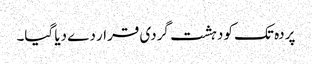
پردہ تک کو دہشت گردی قرار دے دیا گیا۔